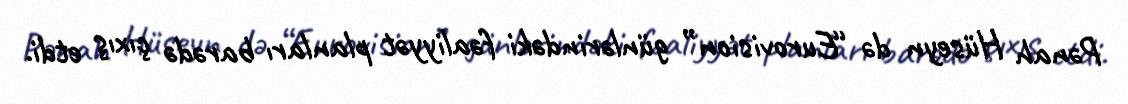
Pənah Hüseyn də “Eurovision” günlərindəki fəaliyyət planları barədə çıxış etdi.